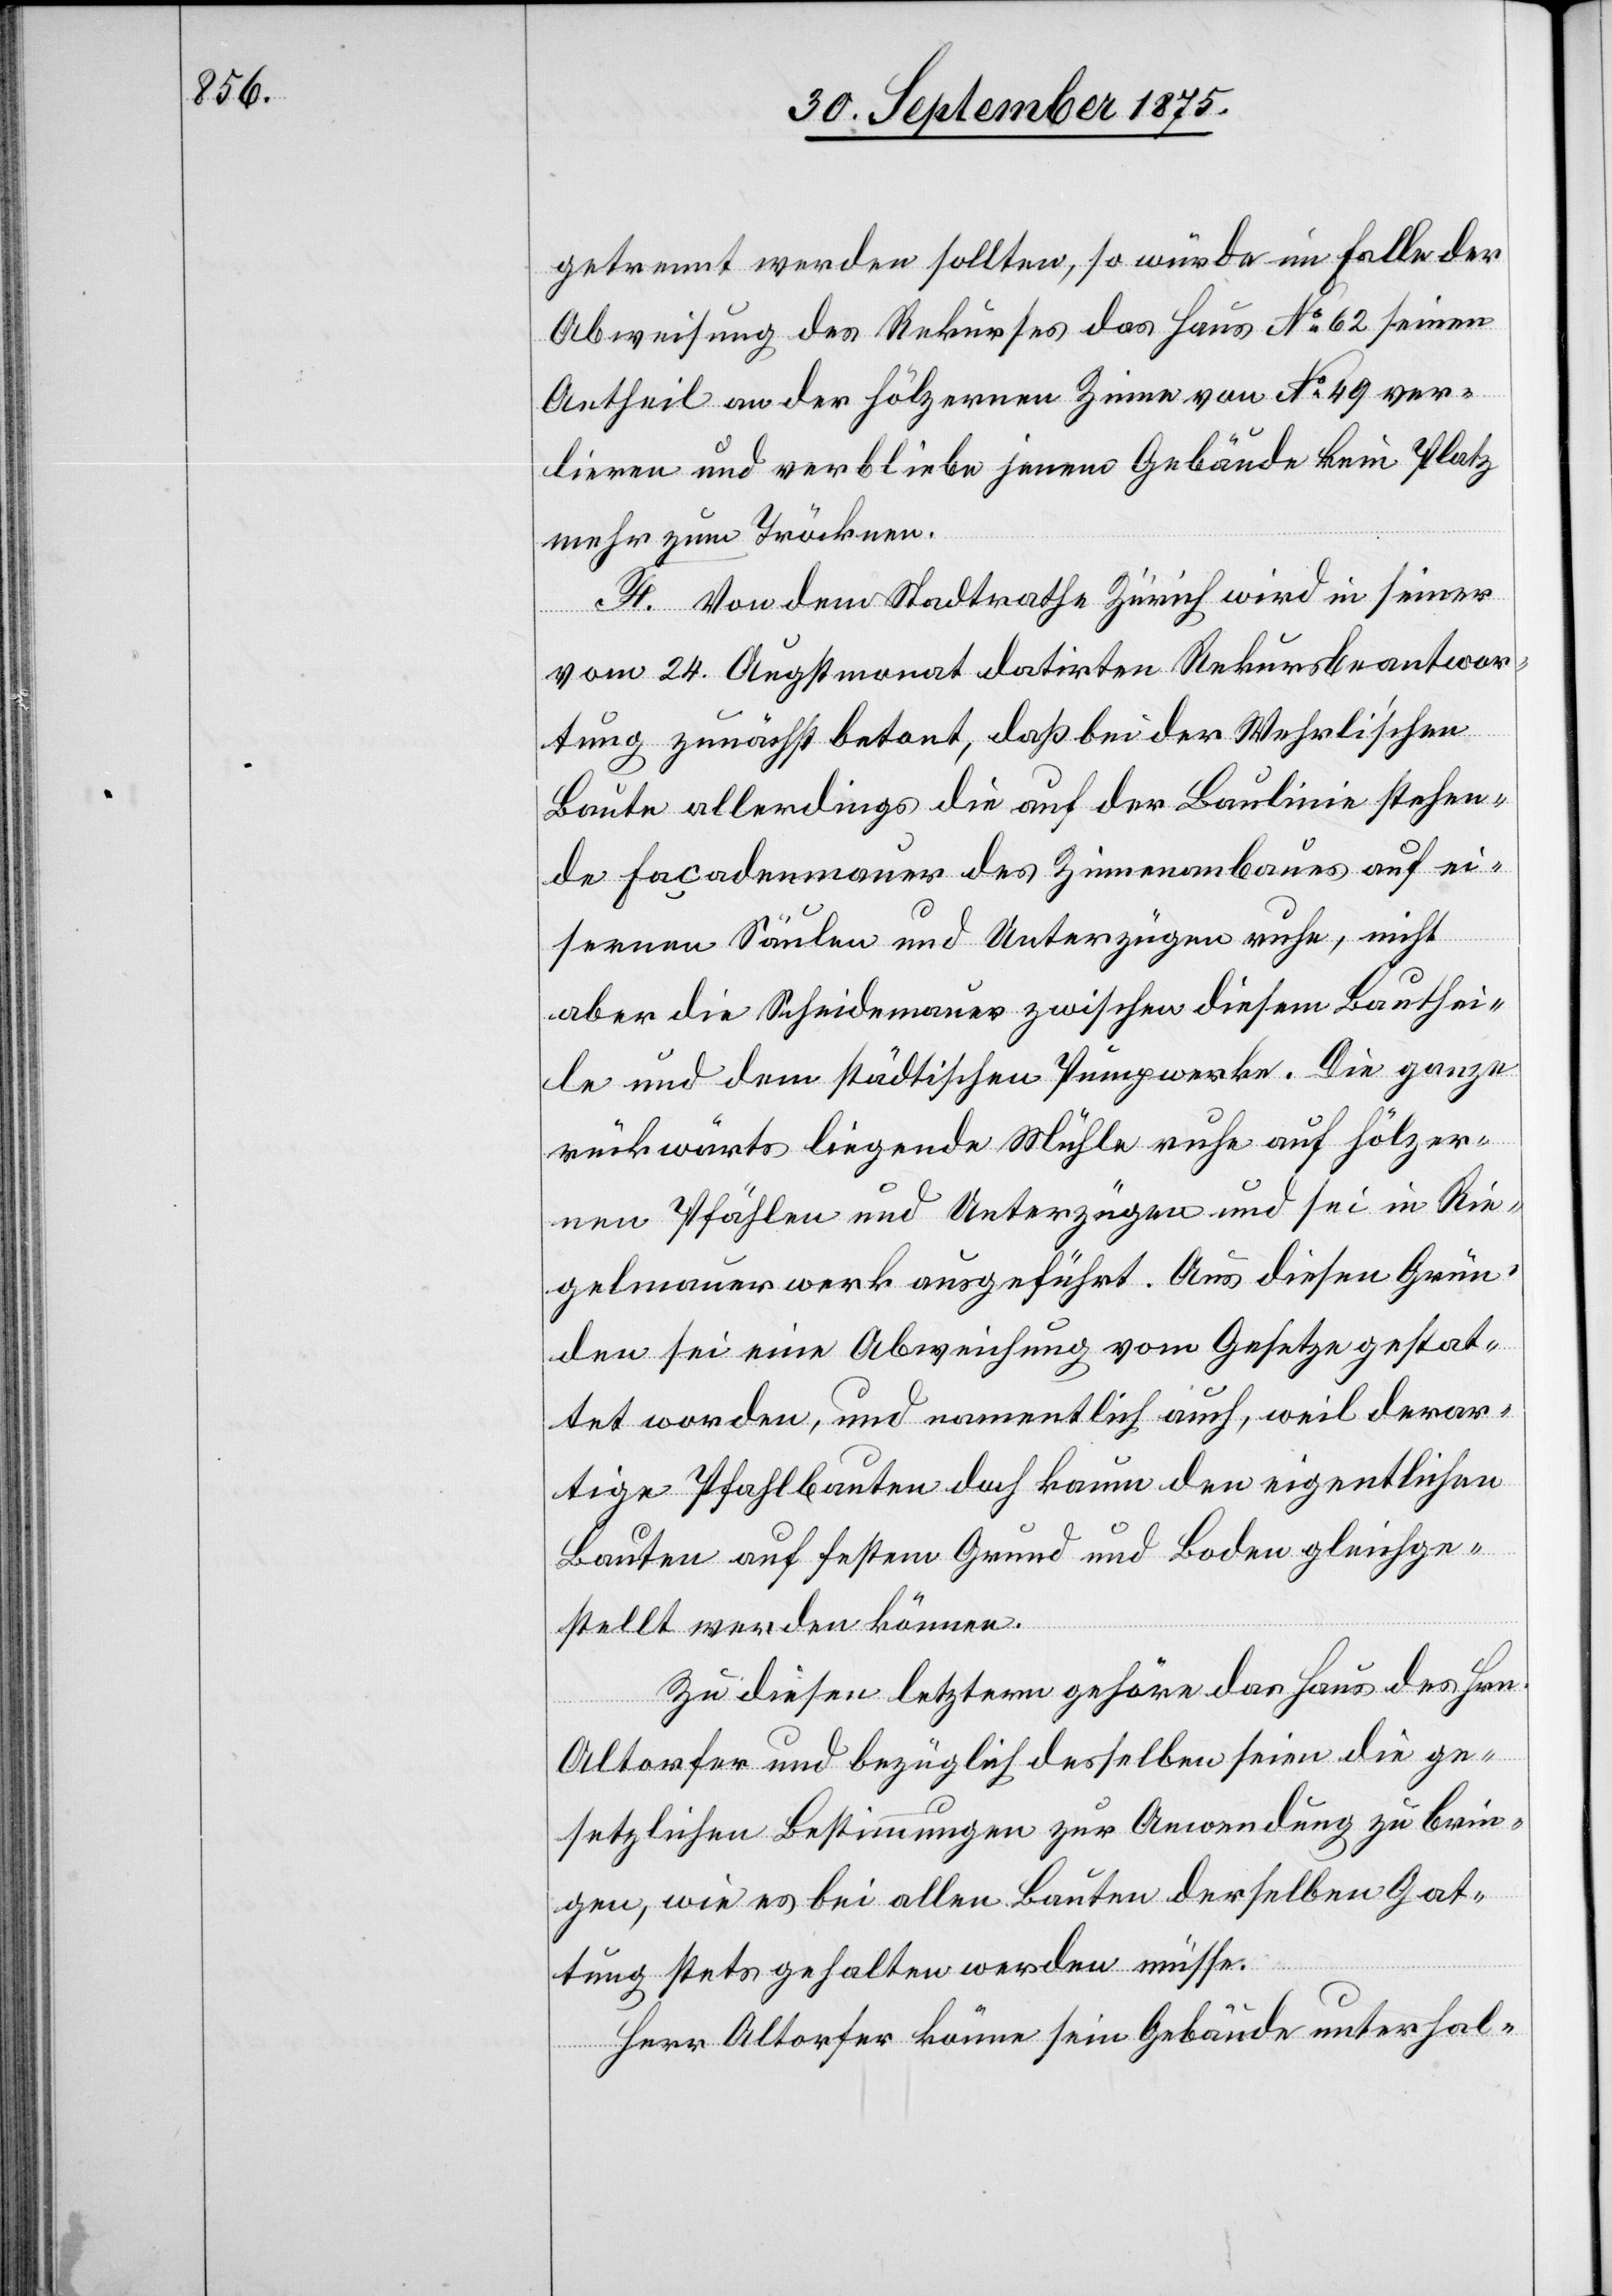
getrennt werden sollten, so würde im Falle der
Abweisung des Rekurses das Haus No 62 seinen
Antheil an der hölzernen Zinne von No 49 ver¬
lieren und verbliebe jenem Gebäude kein Platz
mehr zum Tröcknen.
F. Von dem Stadtrathe Zürich wird in seiner
vom 24. Augstmonat datirten Rekursbeantwor¬
tung zunächst betont, daß bei der Wehrli’schen
Baute allerdings die auf der Baulinie stehen¬
de Façadenmauer des Zinnenanbaues auf ei¬
sernen Säulen und Unterzügen ruhe, nicht
aber die Scheidemauer zwischen diesem Bauthei¬
le und dem städtischen Pumpwerke. Die ganze
rückwärts liegende Mühle ruhe auf hölzer¬
nen Pfählen und Unterzügen und sei in Rie¬
gelmauerwerk ausgeführt. Aus diesen Grün¬
den sei eine Abweichung vom Gesetze gestat¬
tet worden, und namentlich auch, weil derar¬
tige Pfahlbauten doch kaum den eigentlichen
Bauten auf festem Grund und Boden gleichge¬
stellt werden können.
Zu diesen letztern gehöre das Haus des Hrn.
Altorfer und bezüglich desselben seien die ge¬
setzlichen Bestimmungen zur Anwendung zu brin¬
gen, wie es bei allen Bauten derselben Gat¬
tung stets gehalten werden müsse.
Herr Altorfer könne sein Gebäude unterhal-